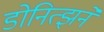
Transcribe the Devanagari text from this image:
डोनित्झने